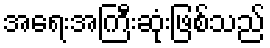
အရေးအကြီးဆုံးဖြစ်သည်